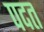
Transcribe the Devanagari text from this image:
पदत